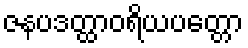
ဇနပဒတ္ထာဝရိယပတ္တော